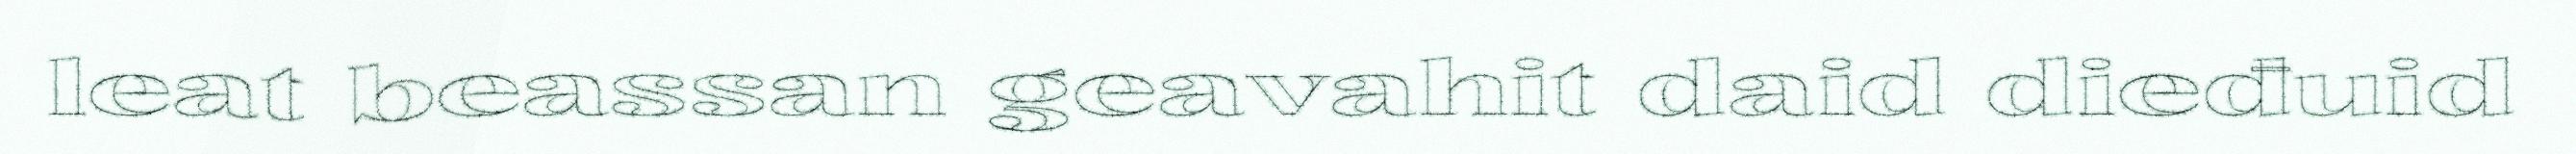
leat beassan geavahit daid dieđuid